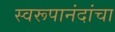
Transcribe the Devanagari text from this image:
स्वरूपानंदांचा